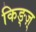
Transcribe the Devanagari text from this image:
किङ्ज़्